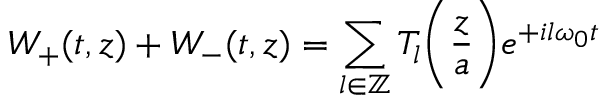
W _ { + } ( t , z ) + W _ { - } ( t , z ) = \sum _ { l \in \mathbb { Z } } T _ { l } \bigg ( \frac { z } { a } \bigg ) e ^ { + i l \omega _ { 0 } t }